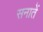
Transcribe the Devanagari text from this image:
सनातें